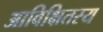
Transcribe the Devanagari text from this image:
आविक्षितस्य